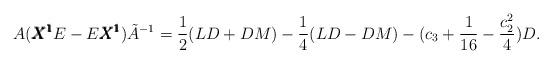
LaTeX: \begin{align*}A({\pmb{X^1}} E - E{\pmb{X^1}})\tilde{A}^{-1} = \displaystyle\frac{1}{2}(LD + DM)- \frac{1}{4} (LD - DM) - (c_3 + \displaystyle\frac{1}{16} -\displaystyle\frac{c_2^2}{4})D.\end{align*}